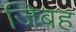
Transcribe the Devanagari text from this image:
जिबह